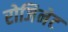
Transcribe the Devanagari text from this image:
रोजिनेट